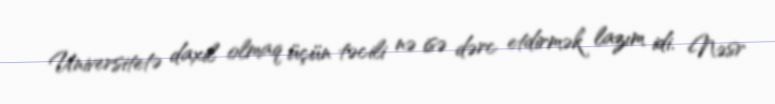
Universitetə daxil olmaq üçün təcili nə isə dərc etdirmək lazım idi. Nəsr